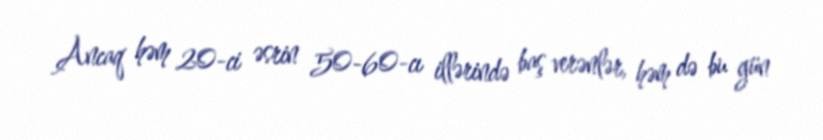
Ancaq həm 20-ci əsrin 50-60-cı illərində baş verənlər, həm də bu gün